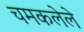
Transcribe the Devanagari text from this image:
चमकलेले